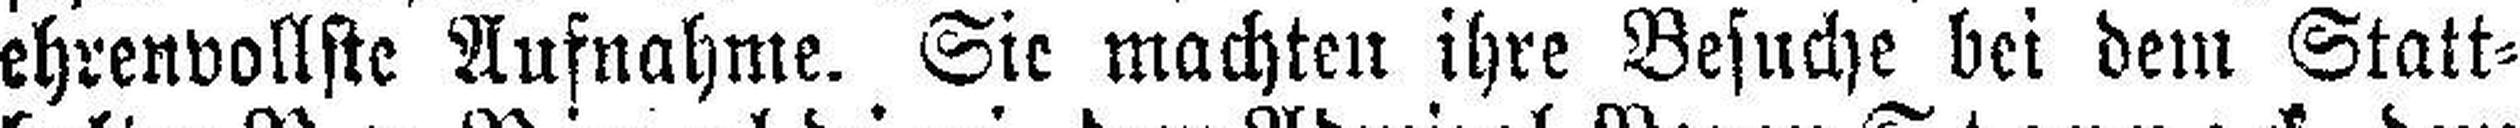
ehrenvollste Aufnahme. Sie machten ihre Besuche bei dem Statt¬